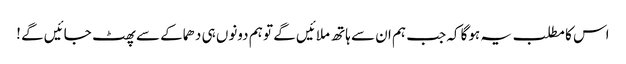
اس کا مطلب یہ ہوگا کہ جب ہم ان سے ہاتھ ملائیں گے تو ہم دونوں ہی دھماکے سے پھٹ جائیں گے !